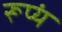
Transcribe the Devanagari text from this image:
रूप्यं